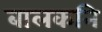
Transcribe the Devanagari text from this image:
बालकनि